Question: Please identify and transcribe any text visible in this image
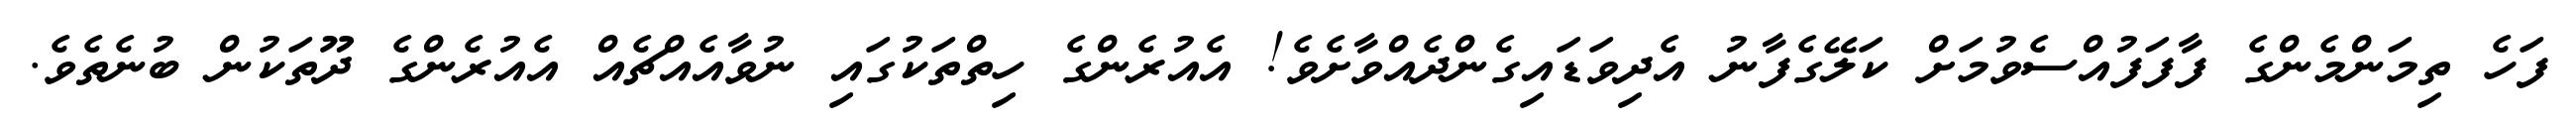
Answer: ފަހެ ތިމަންމެންގެ ފާފަފުއްސެވުމަށް ކަލޭގެފާނު އެދިވަޑައިގެންދެއްވާށެވެ! އެއުރެންގެ ހިތްތަކުގައި ނުވާއެއްޗެއް އެއުރެންގެ ދޫތަކުން ބުނެތެވެ.